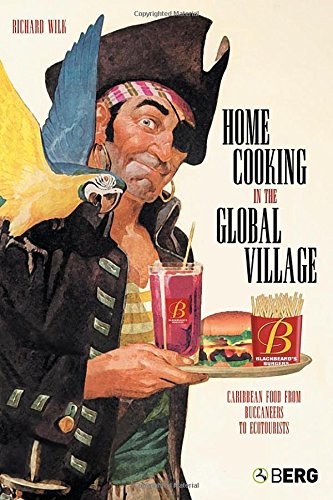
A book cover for Home Cooking in the Global Village: Caribbean Food from Buccaneers to Ecotourists (Anthropology and Material Culture); Richard Wilk; Cookbooks, Food & Wine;